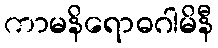
ကာမနိရောဓဂါမိနီ